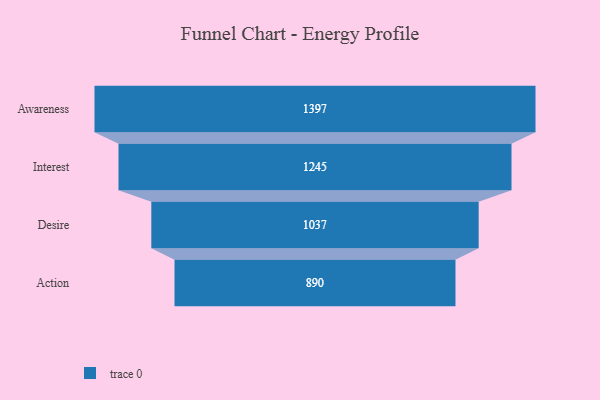
{"axis": {"x": "Stage", "y": "Value"}, "legend": [""], "data": [{"x": "Awareness", "y": 1397.0, "type": ""}, {"x": "Interest", "y": 1245.0, "type": ""}, {"x": "Desire", "y": 1037.0, "type": ""}, {"x": "Action", "y": 890.0, "type": ""}]}